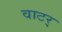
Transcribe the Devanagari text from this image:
वाटर्